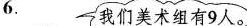
6. 我们美术组有9人。